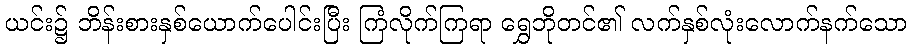
ယင်း၌ ဘိန်းစားနှစ်ယောက်ပေါင်းပြီး ကြံလိုက်ကြရာ ရွှေဘိုတင်၏ လက်နှစ်လုံးလောက်နက်သော